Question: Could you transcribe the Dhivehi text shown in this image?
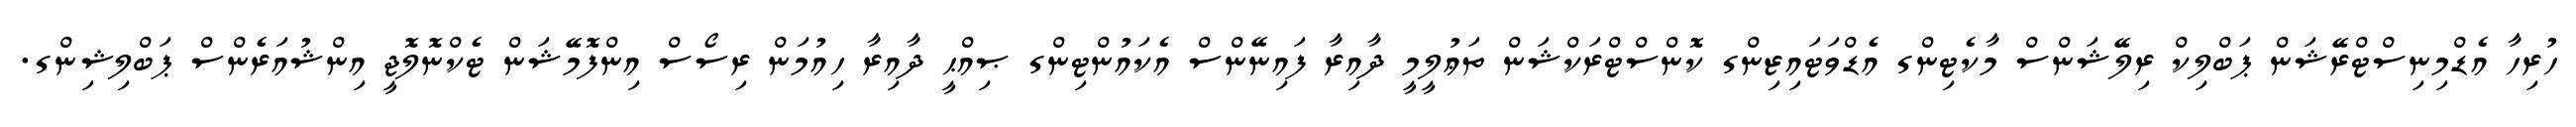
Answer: ހުރިހާ އެޑްމިނިސްޓްރޭޝަން ޕަބްލިކް ރިލޭޝަންސް މާކެޓިންގ އެޑްވަޓައިޒިންގ ކޮންސްޓްރަކްޝަން ތަޢުލީމީ ދާއިރާ ފައިނޭންސް އެކައުންޓިންގ ޞިއްޙީ ދާއިރާ ހިއުމަން ރިސޯސް އިންފޮމޭޝަން ޓެކްނޮލޮޖީ އިންޝުއަރެންސް ޕަބްލިޝިންގ.